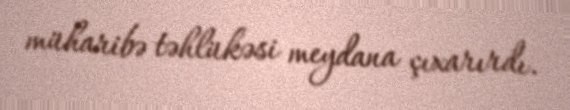
müharibə təhlükəsi meydana çıxarırdı.